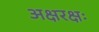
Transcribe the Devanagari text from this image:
अक्षरक्षः